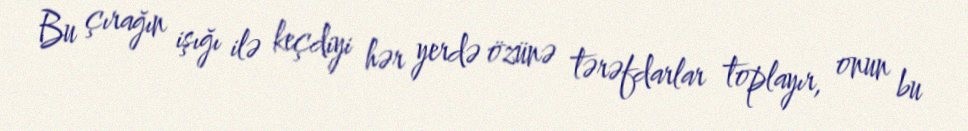
Bu çırağın işığı ilə keçdiyi hər yerdə özünə tərəfdarlar toplayır, onun bu